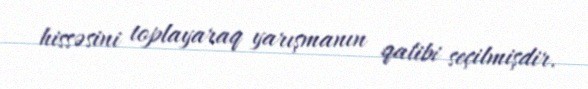
hissəsini toplayaraq yarışmanın qalibi seçilmişdir.